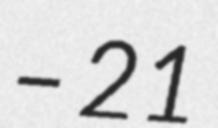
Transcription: – 21